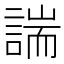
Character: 諯